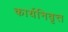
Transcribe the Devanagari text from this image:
कार्यनिवृत्त